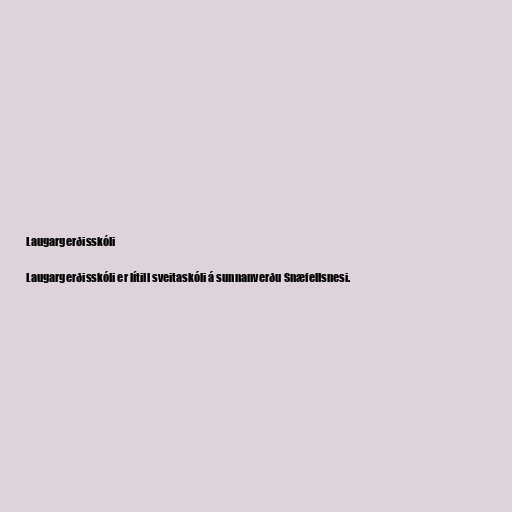
Laugargerðisskóli

Laugargerðisskóli er lítill sveitaskóli á sunnanverðu Snæfellsnesi.